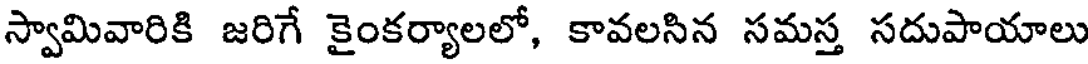
స్వామివారికి జరిగే కైంకర్యాలలో, కావలసిన సమస్త సదుపాయాలు